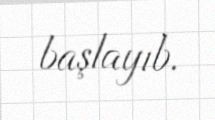
başlayıb.